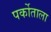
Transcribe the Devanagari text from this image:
पर्कोताला